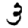
Digit: 3